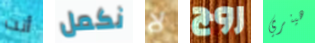
أنت نكمل لا روج هينري